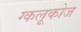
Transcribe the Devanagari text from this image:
ग्कलूकोज